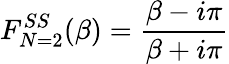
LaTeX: F_{N=2}^{SS}(\beta)=\frac{\beta-i\pi}{\beta+i\pi}